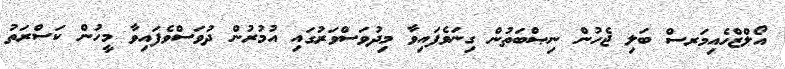
އޯލްޒްހެއިމަރސް ބަލި ޖެހުން ނިޞްބަތުން ގިނަވެފައިވާ މިދުވަސްވަރުގައި އުމުރުން ދުވަސްވެފައިވާ މީހުން ކަސްރަތު